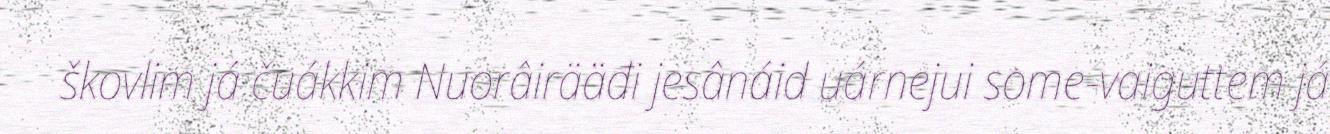
škovlim já čuákkim Nuorâirääđi jesânáid uárnejui some-vaiguttem já